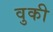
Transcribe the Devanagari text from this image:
वुकी